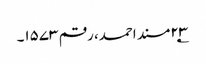
۲۳؂مسند احمد، رقم ۱۵۷۳۔